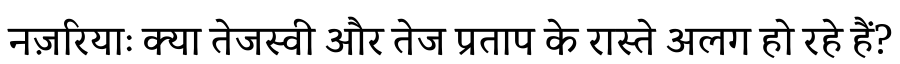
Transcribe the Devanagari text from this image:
नज़रियाः क्या तेजस्वी और तेज प्रताप के रास्ते अलग हो रहे हैं?